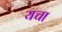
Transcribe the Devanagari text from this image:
यचा